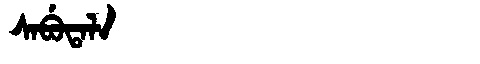
Manchu: ᠰᠠᠪᡠᡨᠠᠯᠠ
Romanization: SABUTALA